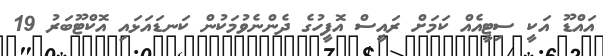
އައްޑޫ އަކީ ސިޓީއެއް ކަމަށް ރައީސް އޮފީހުގެ ދެންނެވުމަކުން ކަނޑައަޅައި އޮކްޓޫބަރު 19